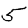
Digit: 5